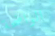
الواضحة